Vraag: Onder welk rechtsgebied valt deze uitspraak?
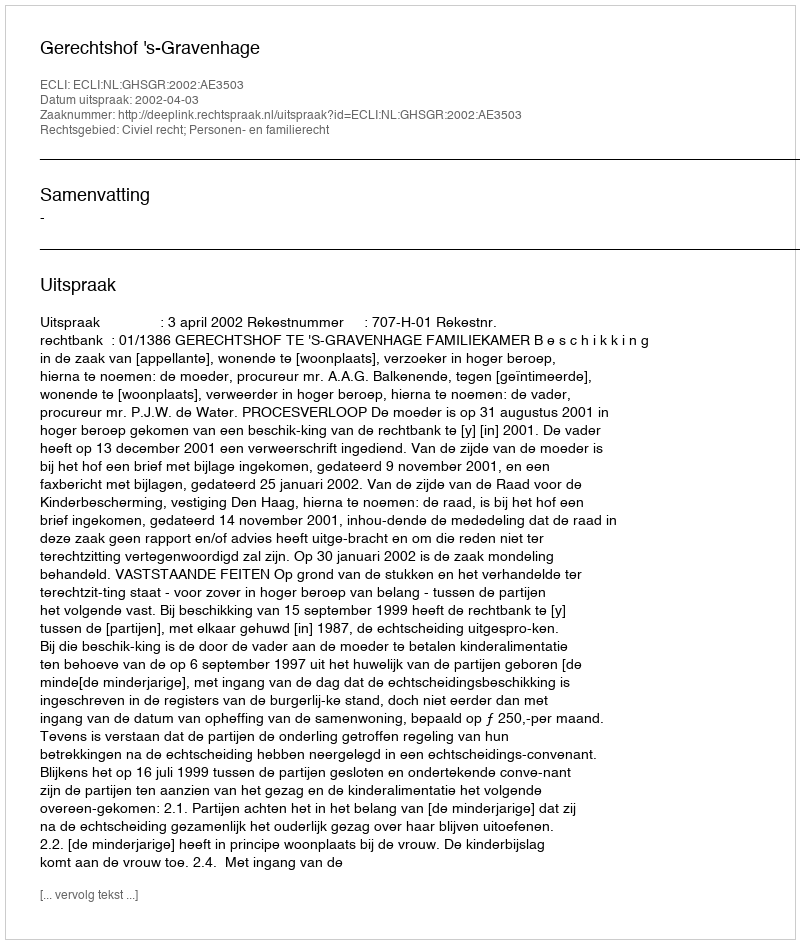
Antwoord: Civiel recht; Personen- en familierecht